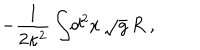
LaTeX: - { \frac { 1 } { 2 \kappa ^ { 2 } } } \int \! d ^ { 2 } x \, \sqrt g \, R \ ,